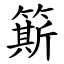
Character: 簛